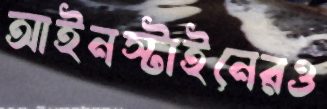
আইনস্টাইনেরও